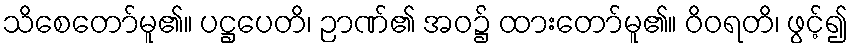
သိစေတော်မူ၏။ ပဋ္ဌပေတိ၊ ဉာဏ်၏ အဝ၌ ထားတော်မူ၏။ ဝိဝရတိ၊ ဖွင့်၍